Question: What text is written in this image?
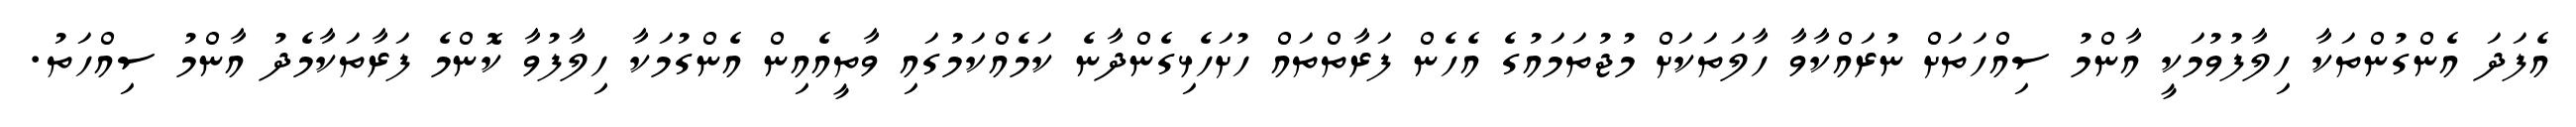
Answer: އެފަދަ އެންގުންތަކާ ހިލާފުވުމަކީ އާންމު ސިއްހަތަށް ނުރައްކާވާ ހާލަތަކަށް މުޖުތަމައުގެ އެހެން ފަރާތްތައް ހުށަހެޅިގެންދާނެ ކަމެއްކަމުގައި ވާތީއެއިން އެންގުމަކާ ހިލާފުވާ ކޮންމެ ފަރާތަކާމެދު އާންމު ސިއްހަތު.